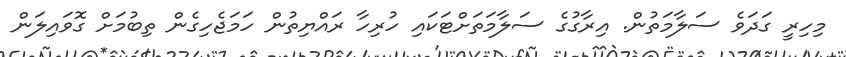
މިހިރީ ގަދަވެ ސަލާމަތުން. އިރާގުގެ ސަލާމަތަށްޓަކައި ހުރިހާ ރައްޔިތުން ހަމަޖެހިގެން ތިބުމަށް ގޮވައިލަން